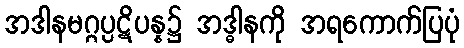
အဒါနမဂ္ဂပ္ပဋိပန္န၌ အဒ္ဓါနကို အရကောက်ပြပုံ